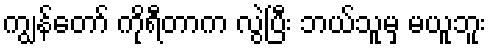
ကျွန်တော် ကိုရီတာက လွဲပြီး ဘယ်သူမှ မယူဘူး